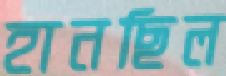
হানছিল